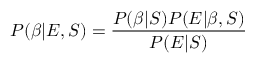
P ( \beta | E , S ) = \frac { P ( \beta | S ) P ( E | \beta , S ) } { P ( E | S ) }